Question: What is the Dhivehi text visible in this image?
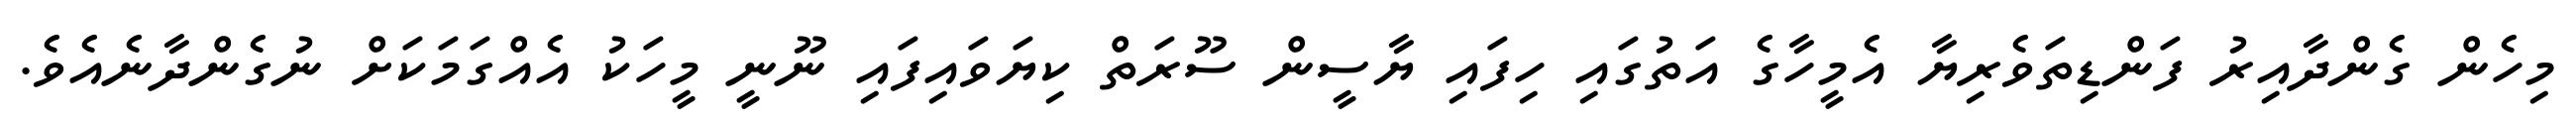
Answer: މިހެން ގެންދާއިރު ފަންޑިތަވެރިޔާ އެމީހާގެ އަތުގައި ހިފައި ޔާސީން ސޫރަތް ކިޔަވައިފައި ނޫނީ މީހަކު އެއްގަމަކަށް ނުގެންދާނެއެވެ.